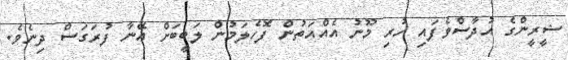
ޝީރީންގެ އުދާސްވެފައި ހުރި މޫނު އެއްއަތުން ފޮހެލަމުން ލަބީބަށް އޭނާ ފުރަގަސް ދިނެވެ.